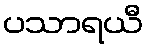
ပသာရယီ